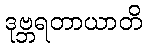
ဒုဗ္ဘရတာယာတိ